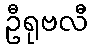
ဦရုဗလီ